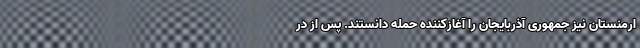
ارمنستان نیز جمهوری آذربایجان را آغازکننده حمله دانستند. پس از در